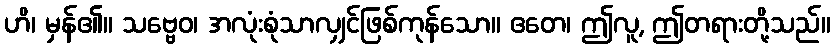
ဟိ၊ မှန်၏။ သဗ္ဗေဝ၊ အလုံးစုံသာလျှင်ဖြစ်ကုန်သော။ ဧတေ၊ ဤလူ, ဤတရားတို့သည်။